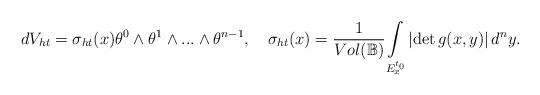
LaTeX: \begin{align*}dV_{ht}=\sigma _{ht}(x)\theta ^{0}\wedge \theta ^{1}\wedge ...\wedge \theta^{n-1},~\ \ \sigma _{ht}(x)=\dfrac{1}{Vol(\mathbb{B})}\underset{E_{x}^{t_{0}}}{\int }\left\vert \det g(x,y)\right\vert d^{n}y.\end{align*}